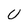
Character: U